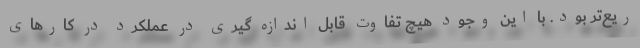
ریع‌تر بود. با این وجود هیچ تفاوت قابل اندازه گیری در عملکرد در کارهای